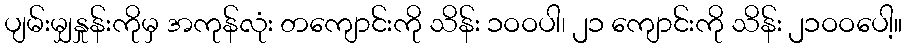
ပျမ်းမျှနှုန်းကိုမှ အကုန်လုံး တကျောင်းကို သိန်း ၁ဝဝပါ၊ ၂၁ ကျောင်းကို သိန်း ၂၁ဝဝပေါ့။